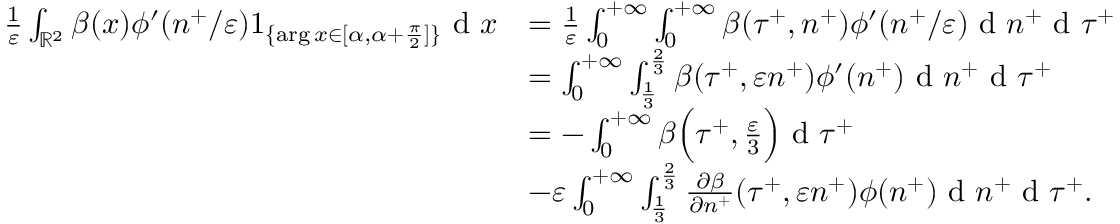
\begin{array} { r l } { \frac { 1 } { \varepsilon } \int _ { \mathbb { R } ^ { 2 } } \beta ( x ) \phi ^ { \prime } ( n ^ { + } / \varepsilon ) 1 _ { \{ \arg x \in [ \alpha , \alpha + \frac { \pi } { 2 } ] \} } \textrm { d } x } & { = \frac { 1 } { \varepsilon } \int _ { 0 } ^ { + \infty } \int _ { 0 } ^ { + \infty } \beta ( \tau ^ { + } , n ^ { + } ) \phi ^ { \prime } ( n ^ { + } / \varepsilon ) \textrm { d } n ^ { + } \textrm { d } \tau ^ { + } } \\ & { = \int _ { 0 } ^ { + \infty } \int _ { \frac { 1 } { 3 } } ^ { \frac { 2 } { 3 } } \beta ( \tau ^ { + } , \varepsilon n ^ { + } ) \phi ^ { \prime } ( n ^ { + } ) \textrm { d } n ^ { + } \textrm { d } \tau ^ { + } } \\ & { = - \int _ { 0 } ^ { + \infty } \beta \Big ( \tau ^ { + } , \frac { \varepsilon } { 3 } \Big ) \textrm { d } \tau ^ { + } } \\ & { - \varepsilon \int _ { 0 } ^ { + \infty } \int _ { \frac { 1 } { 3 } } ^ { \frac { 2 } { 3 } } \frac { \partial \beta } { \partial n ^ { + } } ( \tau ^ { + } , \varepsilon n ^ { + } ) \phi ( n ^ { + } ) \textrm { d } n ^ { + } \textrm { d } \tau ^ { + } . } \end{array}